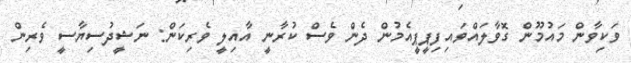
ވަކިވާން މައުމޫން ގޮވާލައްވައިފިޕީޕީއެމުން ދެން ވެސް ކުރާނީ އާއިލީ ވެރިކަން: ނަޝީދުސިޔާސީ ވެރިން